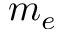
m _ { e }